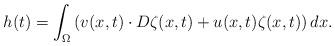
LaTeX: \begin{align*}h(t)=\int_\Omega \left (v(x,t)\cdot D\zeta(x,t)+u(x,t)\zeta(x,t)\right)dx.\end{align*}